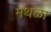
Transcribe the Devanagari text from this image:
मथळा